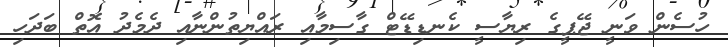
ހުސެން ވަނީ ޖޭޕީގެ ރިޔާސީ ކެނޑިޑޭޓް ގާސިމާއި ރައްޔިތުންނާއި ދެމެދު އޮތް ބަދަހި